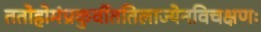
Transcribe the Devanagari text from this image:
ततोहोमंप्रकुर्वीततिलाज्येनविचक्षणः